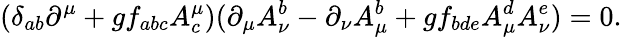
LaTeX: (\delta_{ab}\partial^{\mu}+gf_{abc}A_{c}^{\mu})(\partial_{\mu}A_{\nu}^{b}-\partial_{\nu}A_{\mu}^{b}+gf_{bde}A_{\mu}^{d}A_{\nu}^{e})=0.